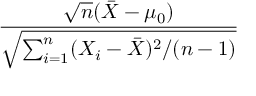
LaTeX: \frac { { \sqrt { n } } ( { \bar { X } } - \mu _ { 0 } ) } { \sqrt { \sum _ { i = 1 } ^ { n } ( X _ { i } - { \bar { X } } ) ^ { 2 } / ( n - 1 ) } }